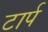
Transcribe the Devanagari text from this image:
टार्प